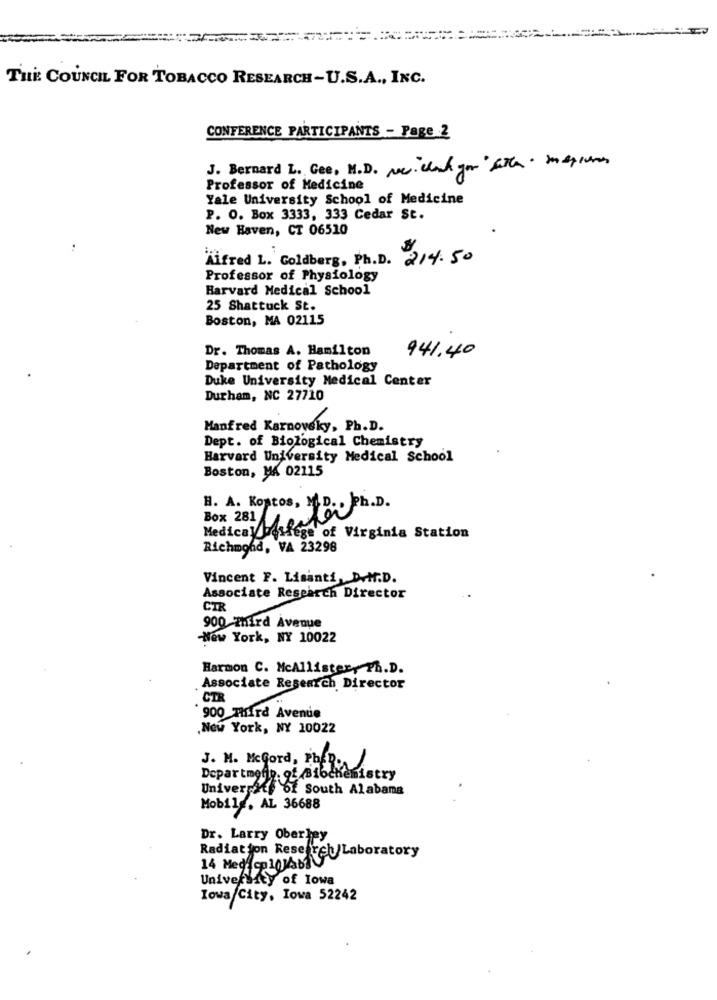
THE: COUNCIL FOR TOBACCO RESEARCH-U.S.A ., INC.
CONFERENCE PARTICIPANTS - Page 2
J. Bernard L. Gee, M.D. ve clank you " ata. mequeres
Professor of Medicine
Yale University School of Medicine
P. O. Box 3333, 333 Cedar St.
New Haven, CT 06510
..
Äifred L. Goldberg, Ph.D. 214.50
Professor of Physiology
Harvard Medical School
25 Shattuck St.
Boston, MA 02115
Dr. Thomas A. Hamilton
941.40
Department of Pathology
Duke University Medical Center
Durham, NC 27710
Manfred Karnovsky, Ph.D.
Dept. of Biological Chemistry
Harvard University Medical School
Boston, MA 02115
H. A. Kontos, M.D .. Ph.D.
Box 281 0
Medicalbesiege of Virginia Station
Richmond, VA 23298
Vincent F. Lisanti, D.M.D.
Associate Research Director
CTR
900 mird Avenue
New York, NY 10022
Harmon C. McAllistery Ph.D.
Associate Research Director
CTR
900 Third Avenue
New York, NY 10022
J. M. McGord, PheD.
Departmentp. of Biochemistry
University of South Alabama
Mobile, AL 36688
Dr. Larry Oberhey
Radiation Research
14 Medico10140Laboratory
University of Iowa
Iowa City, Iowa 52242